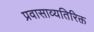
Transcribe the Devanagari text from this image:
प्रवासाव्यतिरिक्त